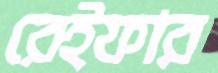
রেইফার